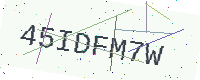
Text: 45IDFM7W